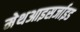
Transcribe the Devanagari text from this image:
मेथआइसर्जाइड